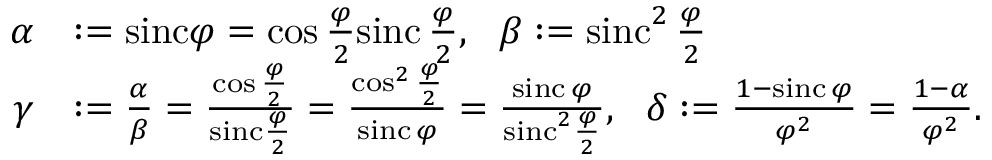
\begin{array} { r l } { \alpha } & { : = \mathrm { s i n c } \varphi = \cos \frac { \varphi } { 2 } \mathrm { s i n c \, } \frac { \varphi } { 2 } , \ \ \beta : = \mathrm { s i n c } ^ { 2 } \mathrm { \, } \frac { \varphi } { 2 } } \\ { \gamma } & { : = \frac { \alpha } { \beta } = \frac { \cos \frac { \varphi } { 2 } } { \mathrm { s i n c } \frac { \varphi } { 2 } } = \frac { \cos ^ { 2 } \frac { \varphi } { 2 } } { \mathrm { s i n c \, } \varphi } = \frac { \mathrm { s i n c \, } \varphi } { \mathrm { s i n c } ^ { 2 } \frac { \varphi } { 2 } } , \ \ \delta : = \frac { 1 - \mathrm { s i n c \, } \varphi } { \varphi ^ { 2 } } = \frac { 1 - \alpha } { \varphi ^ { 2 } } . } \end{array}